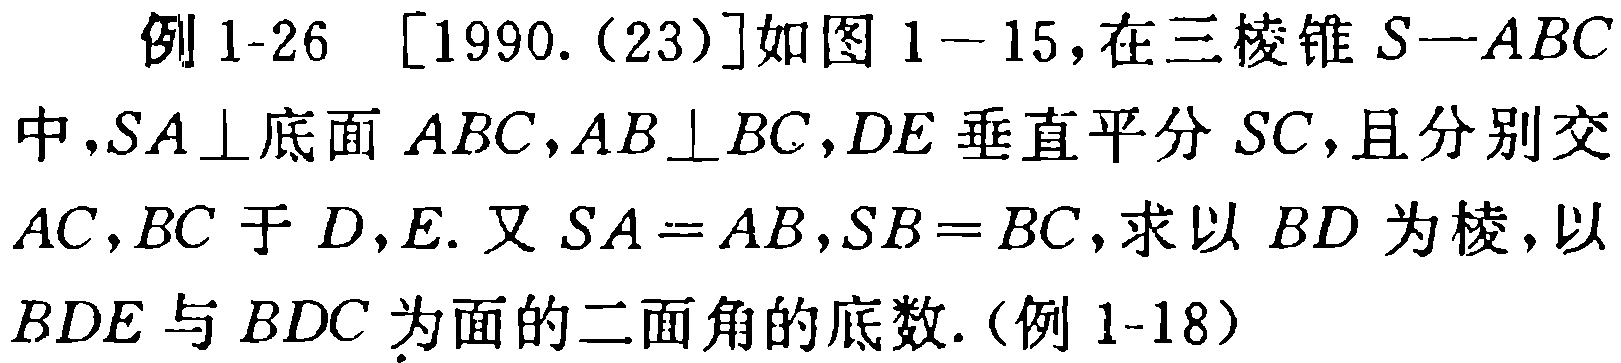
例 1-26 [1990.(23)]如图 1-15,在三棱锥 \(S - ABC\)中,\(SA\perp\)底面 \(ABC\),\(AB\perp BC\),\(DE\)垂直平分 \(SC\),且分别交 \(AC,BC\)于 \(D,E\). 又 \(SA = AB\),\(SB = BC\),求以 \(BD\)为棱,以 \(BDE\)与 \(BDC\)为面的二面角的底数.(例 1-18)